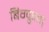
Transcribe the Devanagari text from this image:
बिग्फ्रुइत्